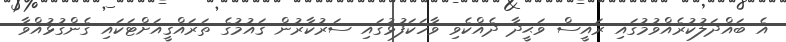
އެ ބައްދަލުކުރެއްވުމުގައި ރައީސް ވަޙީދާ ދެއްކެވި ވާހަކަފުޅުގައި ސަރުކާރުން ޤައުމުގެ ތަރައްޤީއަށްޓަކައި ގެންގުޅުއްވާ